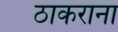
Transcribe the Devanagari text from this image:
ठाकराना